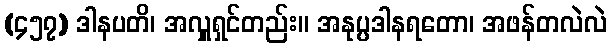
(၄၅၇) ဒါနပတိ၊ အလှူရှင်တည်း။ အနုပ္ပဒါနရတော၊ အဖန်တလဲလဲ